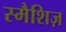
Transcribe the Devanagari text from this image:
स्मैशिज़